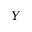
Y